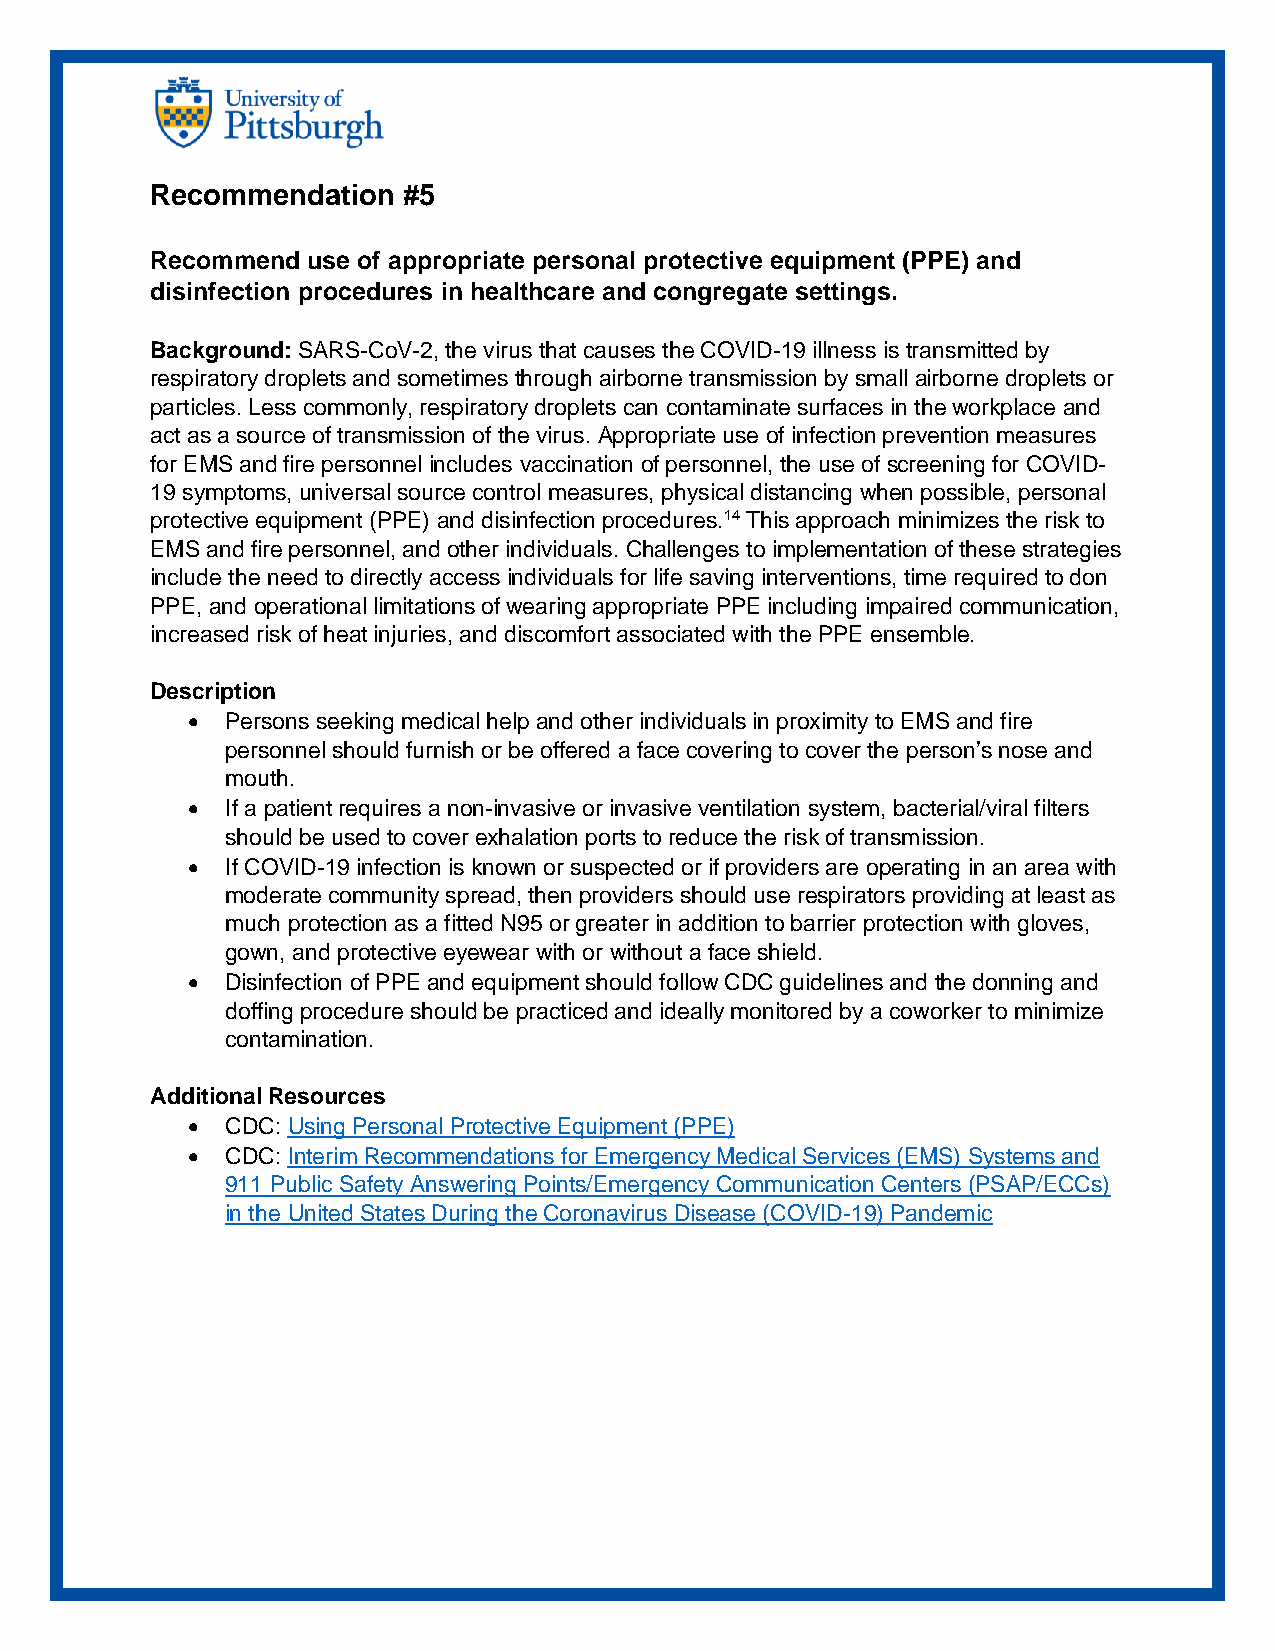
Recommendation   #5
 Recommend use of appropriate personal protective equipment (PPE) and
 disinfection procedures in healthcare and congregate settings.
 Background: SARS-CoV-2, the virus that causes the COVID-19 illness is transmitted by
 respiratory droplets and sometimes through airborne transmission by small airborne droplets or
 particles. Less commonly, respiratory droplets can contaminate surfaces in the workplace and
 act as a source of transmission of the virus. Appropriate use of infection prevention measures
 for EMS and fire personnel includes vaccination of personnel, the use of screening for COVID-
 19 symptoms, universal source control measures, physical distancing when possible, personal
 protective equipment (PPE) and disinfection procedures.14 This approach minimizes the risk to
 EMS and fire personnel, and other individuals. Challenges to implementation of these strategies
 include the need to directly access individuals for life saving interventions, time required to don
 PPE, and operational limitations of wearing appropriate PPE including impaired communication,
 increased risk of heat injuries, and discomfort associated with the PPE ensemble.
 Description
 •  Persons seeking medical help and other individuals in proximity to EMS and fire
 personnel should furnish or be offered a face covering to cover the person’s nose and
 mouth.
 •  If a patient requires a non-invasive or invasive ventilation system, bacterial/viral filters
 should be used to cover exhalation ports to reduce the risk of transmission.
 •  If COVID-19 infection is known or suspected or if providers are operating in an area with
 moderate community spread, then providers should use respirators providing at least as
 much protection as a fitted N95 or greater in addition to barrier protection with gloves,
 gown, and protective eyewear with or without a face shield.
 •  Disinfection of PPE and equipment should follow CDC guidelines and the donning and
 doffing procedure should be practiced and ideally monitored by a coworker to minimize
 contamination.
 Additional Resources
 •  CDC: Using Personal Protective Equipment (PPE)
 •  CDC: Interim Recommendations for Emergency Medical Services (EMS) Systems and
 911 Public Safety Answering Points/Emergency Communication Centers (PSAP/ECCs)
 in the United States During the Coronavirus Disease (COVID-19) Pandemic